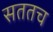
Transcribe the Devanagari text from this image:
सततच